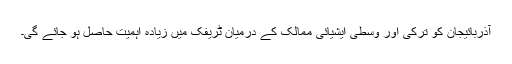
آذربائیجان کو ترکی اور وسطی ایشیائی ممالک کے درمیان ٹریفک میں زیادہ اہمیت حاصل ہو جائے گی۔